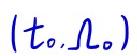
$(t_0,\Omega_0)$